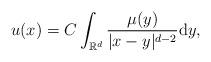
LaTeX: \begin{align*}u(x)=C\int_{\mathbb{R}^d}\frac{\mu(y)}{|x-y|^{d-2}}{\rm d}y,\end{align*}